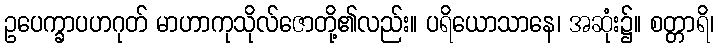
ဥပေက္ခာပဟဂုတ် မာဟာကုသိုလ်ဇောတို့၏လည်း။ ပရိယောသာနေ၊ အဆုံး၌။ စတ္တာရိ၊